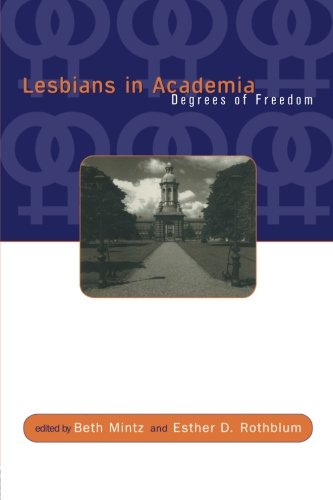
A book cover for Lesbians in Academia: Degrees of Freedom; Gay & Lesbian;